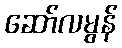
ဆော်လမွန်